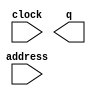
// megafunction wizard: %ROM: 1-PORT%VBB%
// GENERATION: STANDARD
// VERSION: WM1.0
// MODULE: altsyncram 

// ============================================================
// Megafunction Name(s):
// 			altsyncram
//
// Simulation Library Files(s):
// 			altera_mf
// ============================================================
// ************************************************************
// THIS IS A WIZARD-GENERATED FILE. DO NOT EDIT THIS FILE!
//
// 16.0.0 Build 211 04/27/2016 SJ Lite Edition
// ************************************************************

//Copyright (C) 1991-2016 Altera Corporation. All rights reserved.
//Your use of Altera Corporation's design tools, logic functions 
//and other software and tools, and its AMPP partner logic 
//functions, and any output files from any of the foregoing 
//(including device programming or simulation files), and any 
//associated documentation or information are expressly subject 
//to the terms and conditions of the Altera Program License 
//Subscription Agreement, the Altera Quartus Prime License Agreement,
//the Altera MegaCore Function License Agreement, or other 
//applicable license agreement, including, without limitation, 
//that your use is for the sole purpose of programming logic 
//devices manufactured by Altera and sold by Altera or its 
//authorized distributors.  Please refer to the applicable 
//agreement for further details.

module Rom_Operandos (
	address,
	clock,
	q);

	input	[4:0]  address;
	input	  clock;
	output	[7:0]  q;
`ifndef ALTERA_RESERVED_QIS
// synopsys translate_off
`endif
	tri1	  clock;
`ifndef ALTERA_RESERVED_QIS
// synopsys translate_on
`endif

endmodule

// ============================================================
// CNX file retrieval info
// ============================================================
// Retrieval info: PRIVATE: ADDRESSSTALL_A NUMERIC "0"
// Retrieval info: PRIVATE: AclrAddr NUMERIC "0"
// Retrieval info: PRIVATE: AclrByte NUMERIC "0"
// Retrieval info: PRIVATE: AclrOutput NUMERIC "0"
// Retrieval info: PRIVATE: BYTE_ENABLE NUMERIC "0"
// Retrieval info: PRIVATE: BYTE_SIZE NUMERIC "8"
// Retrieval info: PRIVATE: BlankMemory NUMERIC "0"
// Retrieval info: PRIVATE: CLOCK_ENABLE_INPUT_A NUMERIC "0"
// Retrieval info: PRIVATE: CLOCK_ENABLE_OUTPUT_A NUMERIC "0"
// Retrieval info: PRIVATE: Clken NUMERIC "0"
// Retrieval info: PRIVATE: IMPLEMENT_IN_LES NUMERIC "0"
// Retrieval info: PRIVATE: INIT_FILE_LAYOUT STRING "PORT_A"
// Retrieval info: PRIVATE: INIT_TO_SIM_X NUMERIC "0"
// Retrieval info: PRIVATE: INTENDED_DEVICE_FAMILY STRING "Cyclone IV E"
// Retrieval info: PRIVATE: JTAG_ENABLED NUMERIC "0"
// Retrieval info: PRIVATE: JTAG_ID STRING "NONE"
// Retrieval info: PRIVATE: MAXIMUM_DEPTH NUMERIC "0"
// Retrieval info: PRIVATE: MIFfilename STRING "Dados.hex"
// Retrieval info: PRIVATE: NUMWORDS_A NUMERIC "32"
// Retrieval info: PRIVATE: RAM_BLOCK_TYPE NUMERIC "0"
// Retrieval info: PRIVATE: RegAddr NUMERIC "1"
// Retrieval info: PRIVATE: RegOutput NUMERIC "0"
// Retrieval info: PRIVATE: SYNTH_WRAPPER_GEN_POSTFIX STRING "1"
// Retrieval info: PRIVATE: SingleClock NUMERIC "1"
// Retrieval info: PRIVATE: UseDQRAM NUMERIC "0"
// Retrieval info: PRIVATE: WidthAddr NUMERIC "5"
// Retrieval info: PRIVATE: WidthData NUMERIC "8"
// Retrieval info: PRIVATE: rden NUMERIC "0"
// Retrieval info: LIBRARY: altera_mf altera_mf.altera_mf_components.all
// Retrieval info: CONSTANT: ADDRESS_ACLR_A STRING "NONE"
// Retrieval info: CONSTANT: CLOCK_ENABLE_INPUT_A STRING "BYPASS"
// Retrieval info: CONSTANT: CLOCK_ENABLE_OUTPUT_A STRING "BYPASS"
// Retrieval info: CONSTANT: INIT_FILE STRING "Dados.hex"
// Retrieval info: CONSTANT: INTENDED_DEVICE_FAMILY STRING "Cyclone IV E"
// Retrieval info: CONSTANT: LPM_HINT STRING "ENABLE_RUNTIME_MOD=NO"
// Retrieval info: CONSTANT: LPM_TYPE STRING "altsyncram"
// Retrieval info: CONSTANT: NUMWORDS_A NUMERIC "32"
// Retrieval info: CONSTANT: OPERATION_MODE STRING "ROM"
// Retrieval info: CONSTANT: OUTDATA_ACLR_A STRING "NONE"
// Retrieval info: CONSTANT: OUTDATA_REG_A STRING "UNREGISTERED"
// Retrieval info: CONSTANT: WIDTHAD_A NUMERIC "5"
// Retrieval info: CONSTANT: WIDTH_A NUMERIC "8"
// Retrieval info: CONSTANT: WIDTH_BYTEENA_A NUMERIC "1"
// Retrieval info: USED_PORT: address 0 0 5 0 INPUT NODEFVAL "address[4..0]"
// Retrieval info: USED_PORT: clock 0 0 0 0 INPUT VCC "clock"
// Retrieval info: USED_PORT: q 0 0 8 0 OUTPUT NODEFVAL "q[7..0]"
// Retrieval info: CONNECT: @address_a 0 0 5 0 address 0 0 5 0
// Retrieval info: CONNECT: @clock0 0 0 0 0 clock 0 0 0 0
// Retrieval info: CONNECT: q 0 0 8 0 @q_a 0 0 8 0
// Retrieval info: GEN_FILE: TYPE_NORMAL Rom_Operandos.v TRUE
// Retrieval info: GEN_FILE: TYPE_NORMAL Rom_Operandos.inc FALSE
// Retrieval info: GEN_FILE: TYPE_NORMAL Rom_Operandos.cmp FALSE
// Retrieval info: GEN_FILE: TYPE_NORMAL Rom_Operandos.bsf TRUE
// Retrieval info: GEN_FILE: TYPE_NORMAL Rom_Operandos_inst.v TRUE
// Retrieval info: GEN_FILE: TYPE_NORMAL Rom_Operandos_bb.v TRUE
// Retrieval info: GEN_FILE: TYPE_NORMAL Rom_Operandos_syn.v TRUE
// Retrieval info: LIB_FILE: altera_mf